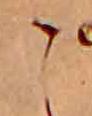
こ